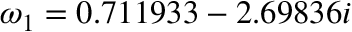
\omega _ { 1 } = 0 . 7 1 1 9 3 3 - 2 . 6 9 8 3 6 i